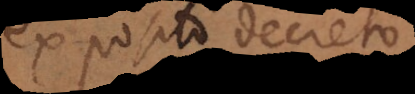
ex posito decreto